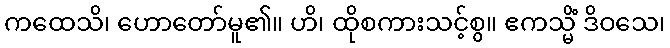
ကထေသိ၊ ဟောတော်မူ၏။ ဟိ၊ ထိုစကားသင့်စွ။ ဧကသ္မိံ ဒိဝသေ၊